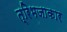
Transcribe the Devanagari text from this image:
त्रिभजाकार